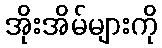
အိုးအိမ်များကို